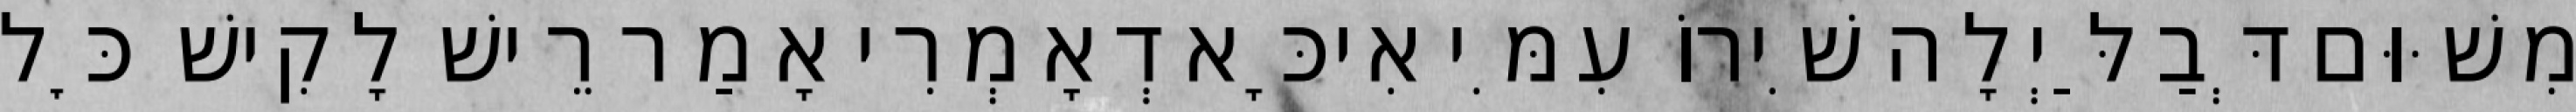
מִשּׁוּם דְּבַלַּיְלָה שִׁירוֹ עִמִּי אִיכָּא דְאָמְרִי אָמַר רֵישׁ לָקִישׁ כׇּל